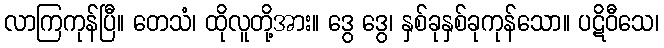
လာကြကုန်ပြီ။ တေသံ၊ ထိုလူတို့အား။ ဒွေ ဒွေ၊ နှစ်ခုနှစ်ခုကုန်သော။ ပဋိဝီသေ၊